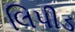
લિપીડ